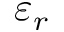
\varepsilon _ { r }